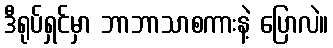
ဒီရုပ်ရှင်မှာ ဘာဘာသာစကားနဲ့ ပြောလဲ။